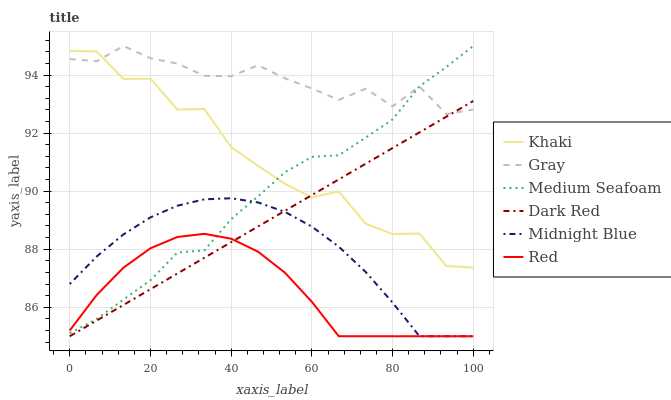
| xaxis_label | Khaki | Gray | Medium Seafoam | Dark Red | Midnight Blue | Red |
 | --- | --- | --- | --- | --- | --- | --- |
 | 0 | 94.8 | 94.5 | 85.1 | 85 | 86.8 | 85.2 |
 | 6.67 | 94.8 | 94.5 | 85.6 | 85.5 | 87.7 | 86.4 |
 | 13.3 | 93.9 | 95 | 86.3 | 86.1 | 88.5 | 87.4 |
 | 20 | 93.9 | 94.6 | 86.9 | 86.6 | 89.1 | 88 |
 | 26.7 | 92.8 | 94.4 | 87.9 | 87.2 | 89.5 | 88.4 |
 | 33.3 | 92.8 | 94 | 88 | 87.7 | 89.7 | 88.5 |
 | 40 | 91.5 | 94 | 89 | 88.2 | 89.8 | 88.4 |
 | 46.7 | 90.9 | 94.3 | 89.8 | 88.8 | 89.6 | 87.9 |
 | 53.3 | 90.3 | 93.9 | 90.7 | 89.3 | 89.3 | 87.2 |
 | 60 | 89.8 | 93.5 | 91.2 | 89.9 | 88.8 | 86.2 |
 | 66.7 | 90 | 93.1 | 91.2 | 90.4 | 88.1 | 85 |
 | 73.3 | 88.9 | 93.5 | 91.8 | 90.9 | 87.2 | 85 |
 | 80 | 88.5 | 92.9 | 92.5 | 91.5 | 86.2 | 85 |
 | 86.7 | 88.5 | 93.6 | 93.6 | 92 | 85 | 85 |
 | 93.3 | 87.4 | 92.7 | 94.3 | 92.6 | 85 | 85 |
 | 100 | 87.4 | 92.8 | 95 | 93.1 | 85 | 85 |